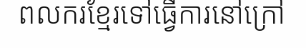
ពលករខ្មែរទៅធ្វើការនៅក្រៅ